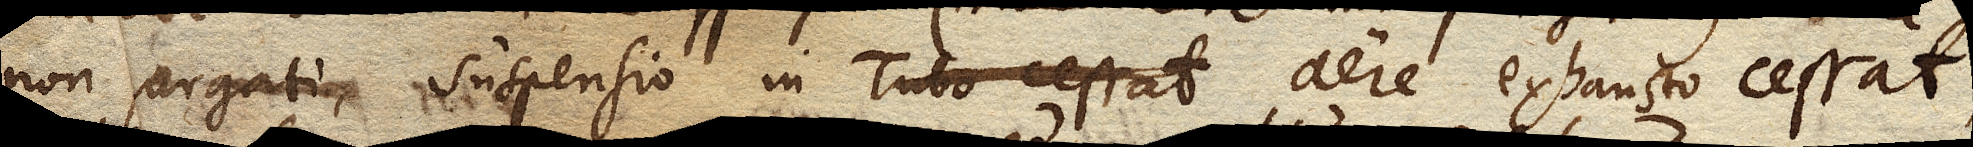
non purgati, suspensio in Tubo cessat aere exhausto cessat,